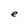
Character: e